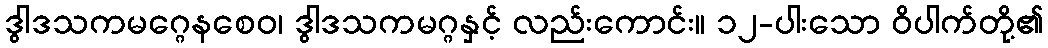
ဒွါဒသကမဂ္ဂေနစေဝ၊ ဒွါဒသကမဂ္ဂနှင့် လည်းကောင်း။ ၁၂-ပါးသော ဝိပါက်တို့၏